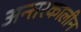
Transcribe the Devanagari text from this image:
अन्तरकालीन